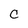
Character: C